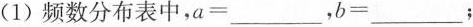
( 1 ) 频数分布表中，$$a = ___$$，$$b=___$$；